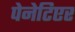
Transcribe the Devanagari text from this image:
पेनेटिएर